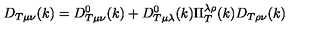
D _ { T \mu \nu } ( k ) = D _ { T \mu \nu } ^ { 0 } ( k ) + D _ { T \mu \lambda } ^ { 0 } ( k ) \Pi _ { T } ^ { \lambda \rho } ( k ) D _ { T \rho \nu } ( k )